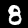
Label: 8